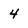
Character: 4